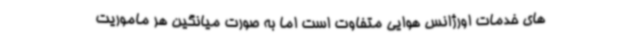
های خدمات اورژانس هوایی متفاوت است اما به صورت میانگین هر ماموریت